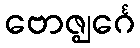
ဗောဇ္ဈင်္ဂေ